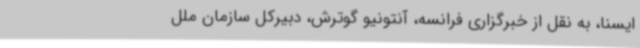
ایسنا، به نقل از خبرگزاری فرانسه، آنتونیو گوترش، دبیرکل سازمان ملل